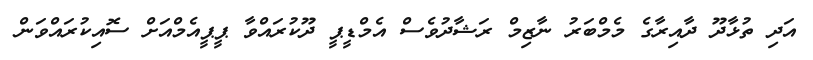
އަދި ތުޅާދޫ ދާއިރާގެ މެމްބަރު ނާޒިމް ރަޝާދުވެސް އެމްޑީޕީ ދޫކުރައްވާ ޕީޕީއެމްއަށް ސޮއިކުރައްވަން